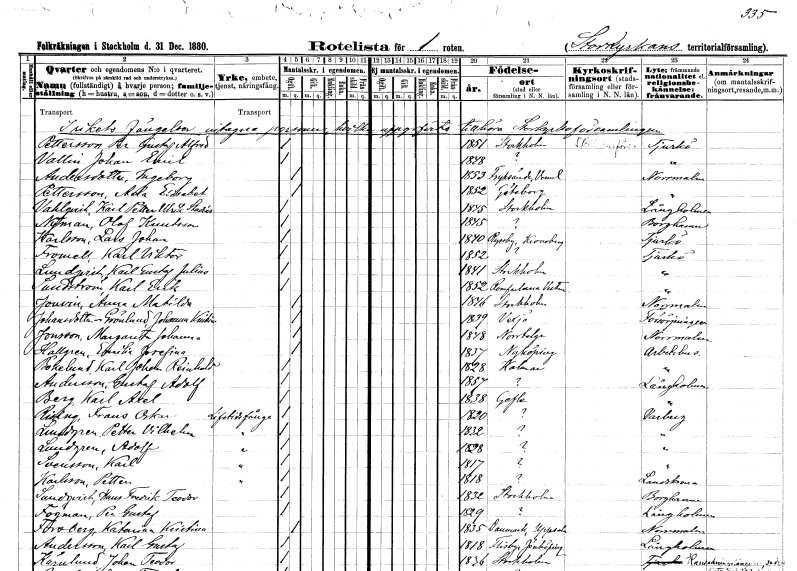
gt_parse: households: individuals: FN: Per Gustaf Alfred
EN: Pettersson
KON: M
CIV: O
FODAR: 1851
FODFORS: Stockholm
FN: Johan Emil
EN: Vallin
KON: M
CIV: O
FODAR: 1848
FN: Ingeborg
EN: Andersdotter
KON: K
CIV: O
FODAR: 1853
FODFORS: Fryksände Värmlands län
FN: Ada Elisabet
EN: Pettersson
KON: K
CIV: O
FODAR: 1852
FODFORS: Göteborg Göteborgs- och Bohuslän
FN: Karl Petter Ulrik Stadias
EN: Wahlqvist
KON: M
CIV: O
FODAR: 1845
FODFORS: Stockholm
FN: Olof
EN: Nyman Knutsson
KON: M
CIV: O
FODAR: 1845
FN: Lars Johan
EN: Karlsson
KON: M
CIV: O
FODAR: 1840
FODFORS: Ryssby Kronobergs län
FN: Karl Viktor
EN: Fromell
KON: M
CIV: O
FODAR: 1852
FN: Karl Gustaf Julius
EN: Lundqvist
KON: M
CIV: O
FODAR: 1841
FODFORS: Stockholm
FN: Karl Erik
EN: Sundström
KON: M
CIV: O
FODAR: 1852
FODFORS: Romfartuna Västmanlands län
FN: Anna Matilda
EN: Jouvin
KON: K
CIV: O
FODAR: 1846
FODFORS: Stockholm
FN: Johanna Kristina
EN: Johansdotter Grönlund
KON: K
CIV: O
FODAR: 1839
FODFORS: Växjö Kronobergs län
FN: Margareta Johanna
EN: Jonsson
KON: K
CIV: O
FODAR: 1848
FODFORS: Norrtälje Stockholms län
FN: Emelie Josefina
EN: Hallgren
KON: K
CIV: O
FODAR: 1837
FODFORS: Nyköping Södermanlands län
FN: Karl Johan Reinhold
EN: Bokelund
KON: M
CIV: O
FODAR: 1828
FODFORS: Kalmar Kalmar län
FN: Gustaf Adolf
EN: Andersson
KON: M
CIV: O
FODAR: 1857
FN: Karl Axel
EN: Berg
KON: M
CIV: O
FODAR: 1838
FODFORS: Gävle Gävleborgs län
FN: Frans Oskar
EN: Risling
YRKE: Livstidsfånge
KON: M
CIV: O
FODAR: 1820
FN: Petter Vilhelm
EN: Lundgren
YRKE: Livstidsfånge
KON: M
CIV: O
FODAR: 1832
FN: Adolf
EN: Lundgren
YRKE: Livstidsfånge
KON: M
CIV: O
FODAR: 1828
FN: Karl
EN: Svensson
YRKE: Livstidsfånge
KON: M
CIV: O
FODAR: 1817
FN: Petter
EN: Karlsson
YRKE: Livstidsfånge
KON: M
CIV: O
FODAR: 1818
FN: Hans Fredrik Teodor
EN: Sundqvist
KON: M
CIV: O
FODAR: 1832
FODFORS: Stockholm
FN: Per Gustaf
EN: Fogman
KON: M
CIV: O
FODAR: 1829